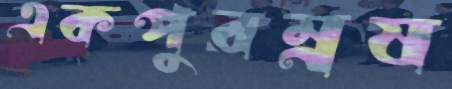
একপুরম্নষ